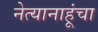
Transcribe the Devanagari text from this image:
नेत्यानाहूंचा